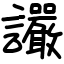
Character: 讝